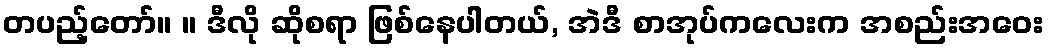
တပည့်တော်။ ။ ဒီလို ဆိုစရာ ဖြစ်နေပါတယ်, အဲဒီ စာအုပ်ကလေးက အစည်းအဝေး